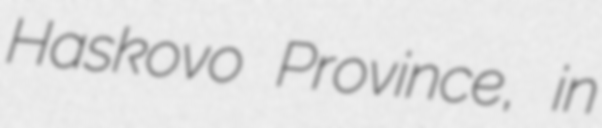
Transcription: Haskovo Province, in